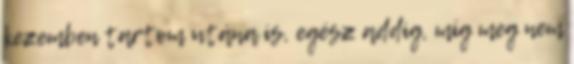
kezemben tartom utána is, egész addig, míg meg nem